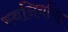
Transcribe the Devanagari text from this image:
स्वनियमित